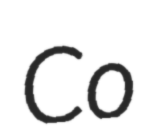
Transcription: Co